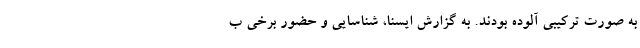
به صورت ترکیبی آلوده بودند. به گزارش ایسنا، شناسایی و حضور برخی ب